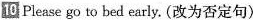
10 Please go to bed early. (改为否定句)